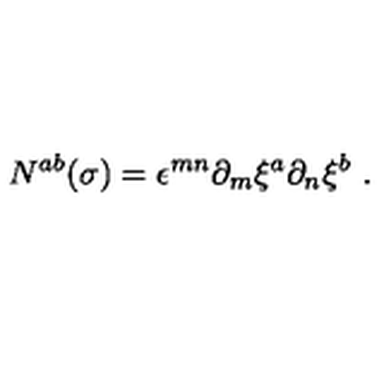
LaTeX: N ^ { a b } ( \sigma ) = \epsilon ^ { m n } \partial _ { m } \xi ^ { a } \partial _ { n } \xi ^ { b } \ .